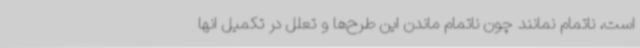
است، ناتمام نمانند چون ناتمام ماندن این طرح‌ها و تعلل در تکمیل انها